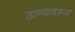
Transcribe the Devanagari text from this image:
ठाण्यावरून